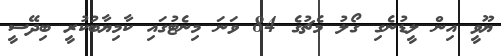
ޔޫވީ އިން ލީޑުނެގި ގޯލު މެޗުގެ 84 ވަނަ މިނެޓުގައި ކާމިޔާބުކުރީ ބިދޭސީ